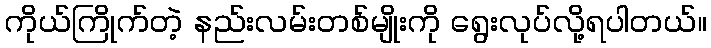
ကိုယ်ကြိုက်တဲ့ နည်းလမ်းတစ်မျိုးကို ရွေးလုပ်လို့ရပါတယ်။